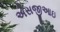
એસજીઆઇ